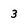
Character: 3